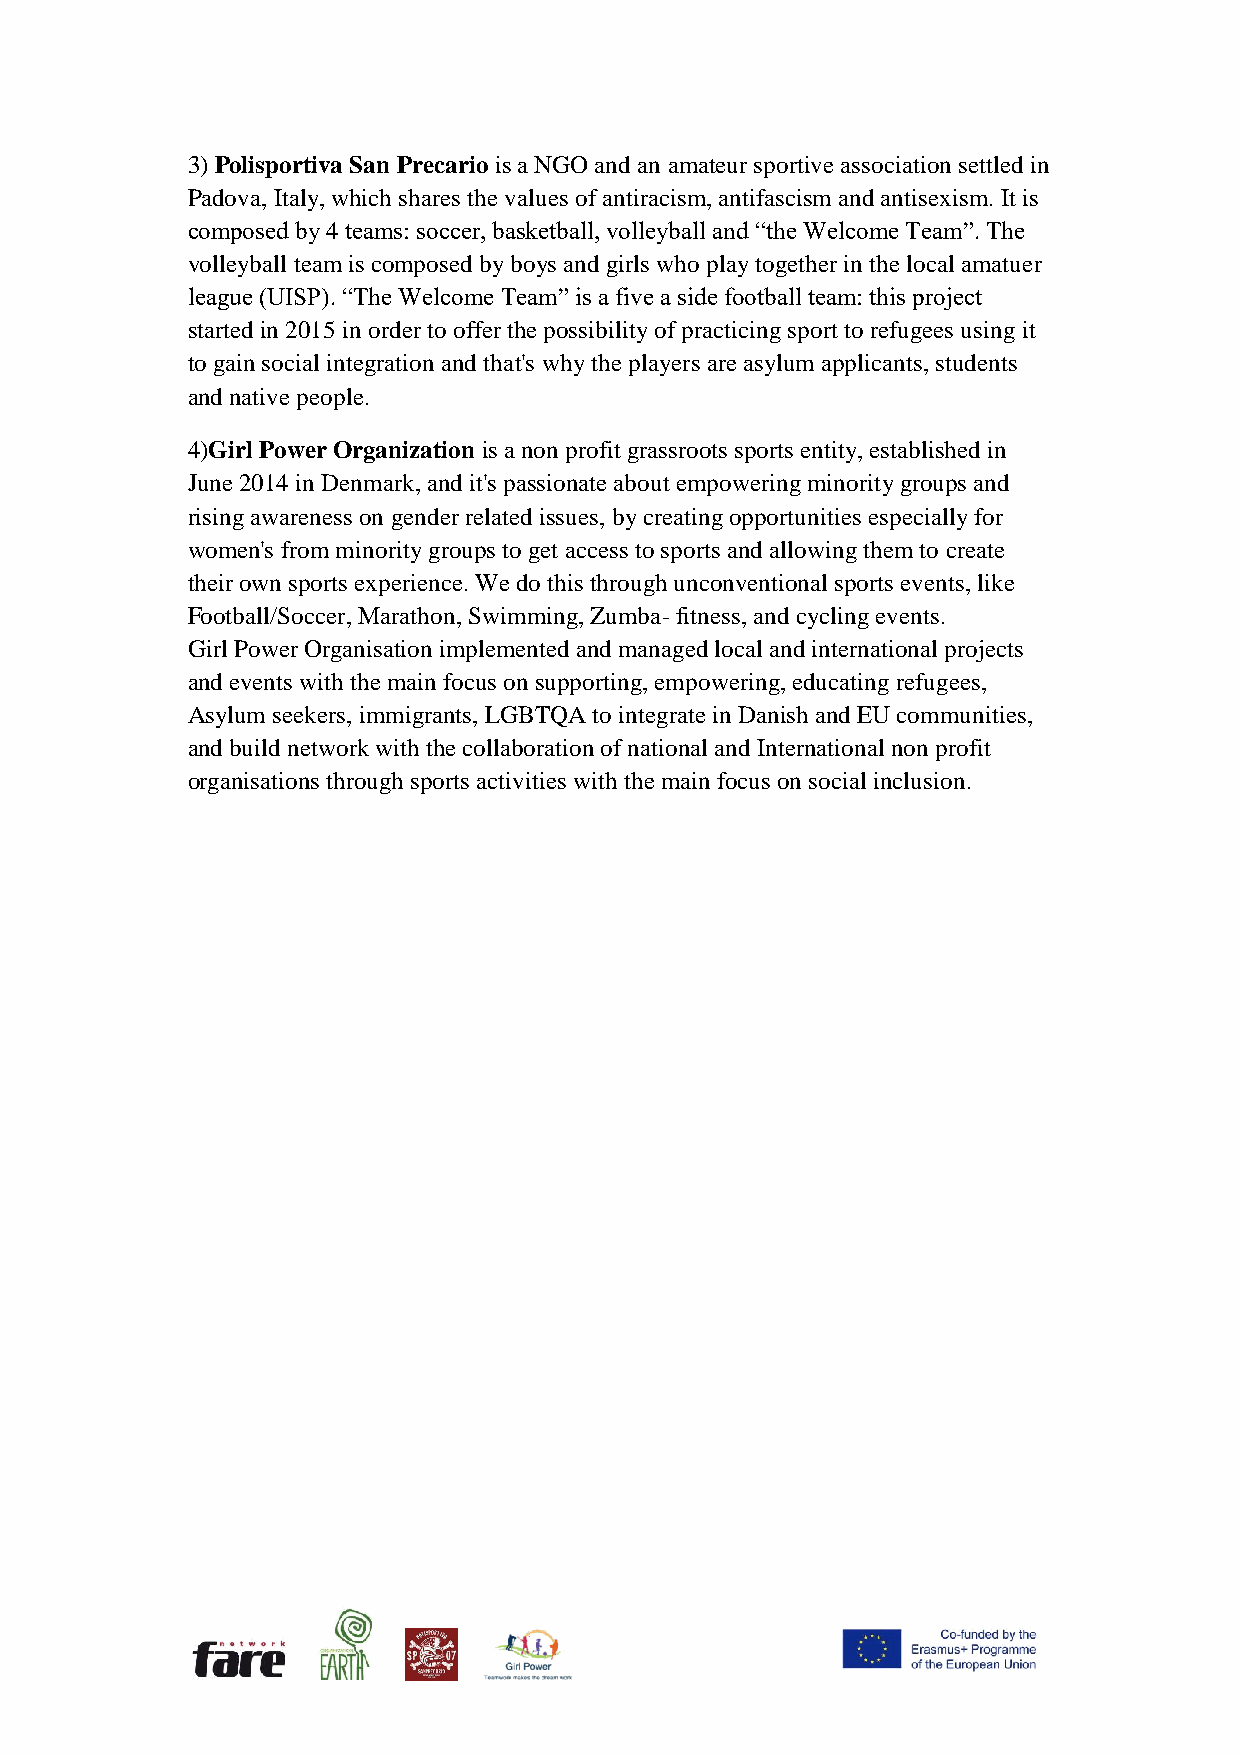
3) Polisportiva San Precario is a NGO and an amateur sportive association settled in
 Padova, Italy, which shares the values of antiracism, antifascism and antisexism. It is
 composed by 4 teams: soccer, basketball, volleyball and “the Welcome Team”. The
 volleyball team is composed by boys and girls who play together in the local amatuer
 league (UISP). “The Welcome Team” is a five a side football team: this project
 started in 2015 in order to offer the possibility of practicing sport to refugees using it
 to gain social integration and that's why the players are asylum applicants, students
 and native people.
 4)Girl Power Organization is a non profit grassroots sports entity, established in
 June 2014 in Denmark, and it's passionate about empowering minority groups and
 rising awareness on gender related issues, by creating opportunities especially for
 women's from minority groups to get access to sports and allowing them to create
 their own sports experience. We do this through unconventional sports events, like
 Football/Soccer, Marathon, Swimming, Zumba- fitness, and cycling events.
 Girl Power Organisation implemented and managed local and international projects
 and events with the main focus on supporting, empowering, educating refugees,
 Asylum seekers, immigrants, LGBTQA to integrate in Danish and EU communities,
 and build network with the collaboration of national and International non profit
 organisations through sports activities with the main focus on social inclusion.